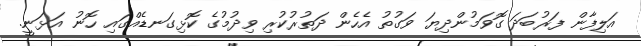
އަލިފާން ފަރުބަދަ ގޮވަމުންދިޔަ ވަގުތު އެހެން ދަތުރުކުރި ވިދުމުގެ ކޮޅިގަނޑެއްގައި ހޮނު އަޅަނީ.